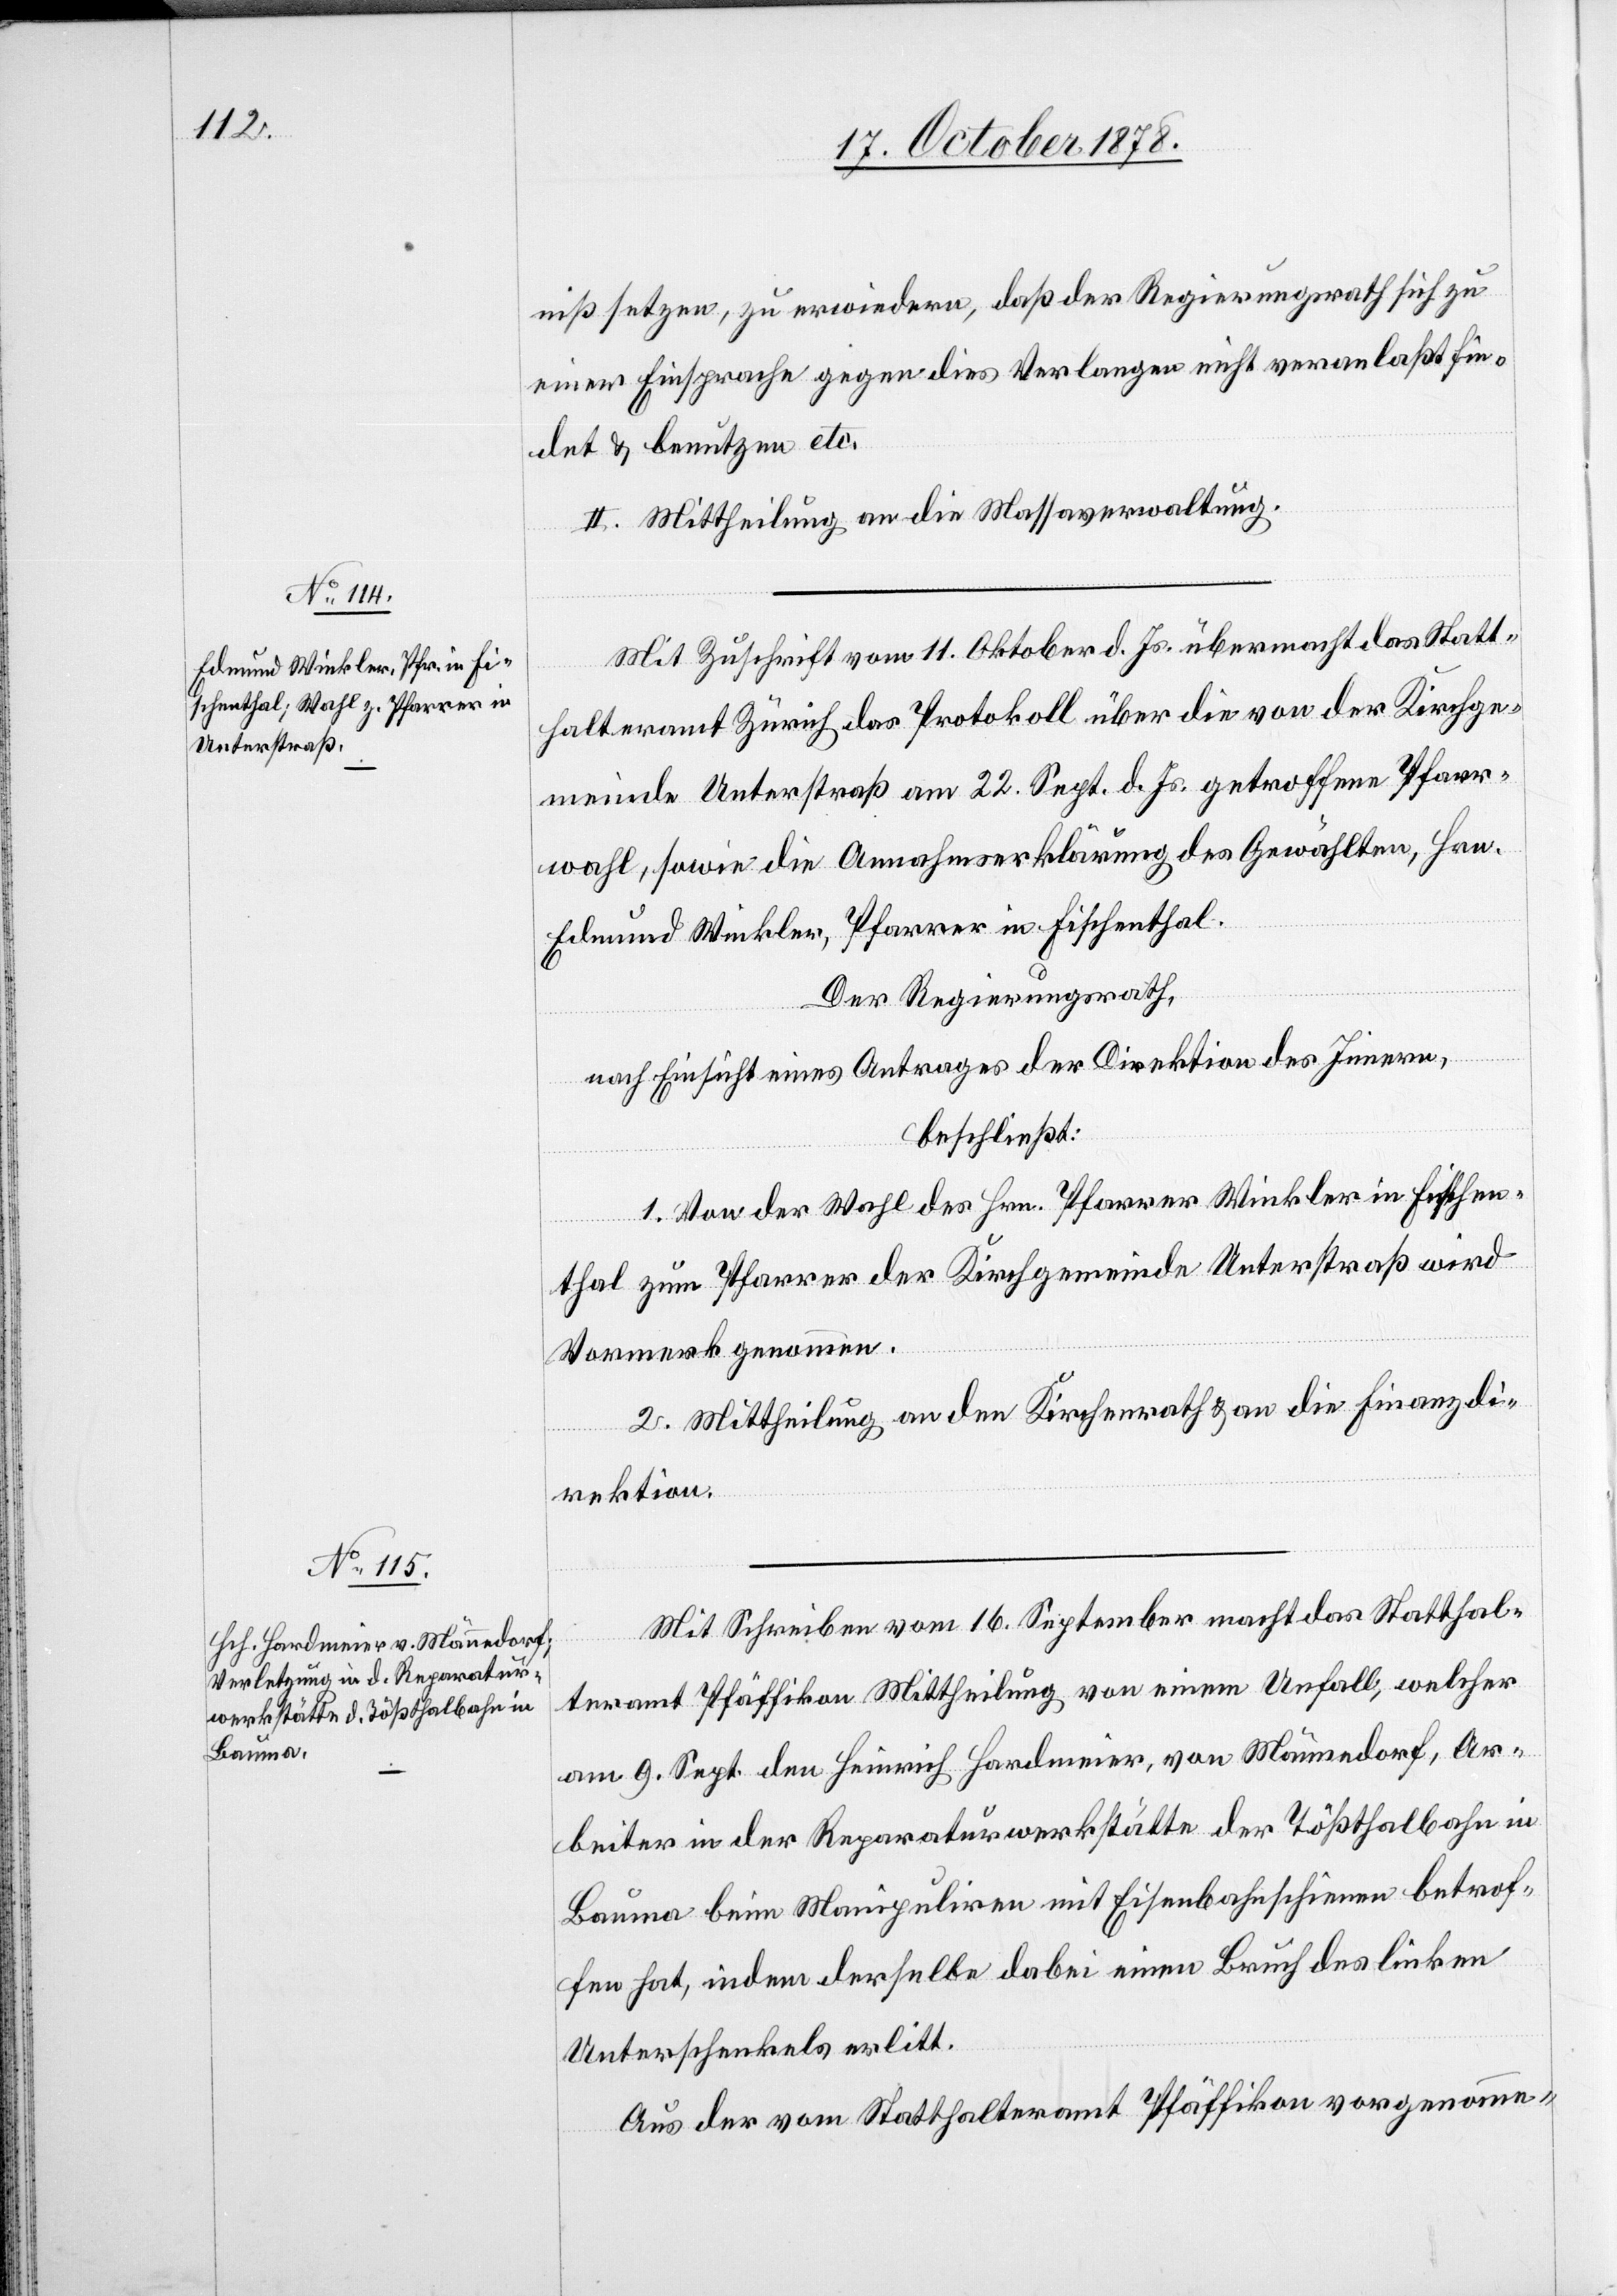
niß setzen, zu erwiedern, daß der Regierungsrath sich zu
einer Einsprache gegen dies Verlangen nicht veranlaßt fin¬
det & benutzen etc.
II. Mittheilung an die Massaverwaltung.
Mit Zuschrift vom 11. Oktober d. Js. übermacht das Statt¬
halteramt Zürich das Protokoll über die von der Kirchge¬
meinde Unterstraß am 22. Sept. d. Js. getroffene Pfarr¬
wahl, sowie die Annahmserklärung des Gewählten, Hrn.
Eduard Winkler, Pfarrer in Fischenthal.
Der Regierungsrath,
nach Einsicht eines Antrages der Direktion des Innern,
beschließt:
1. Von der Wahl des Hrn. Pfarrer Winkler in Fischen¬
thal zum Pfarrer der Kirchgemeinde Unterstraß wird
Vormerk genommen.
2. Mittheilung an den Kirchenrath & an die Finanzdi¬
rektion.
Mit Schreiben vom 16. September macht das Statthal¬
teramt Pfäffikon Mittheilung von einem Unfall, welcher
am 9. Sept. den Heinrich Hardmeier, von Männedorf, Ar¬
beiter in der Reparaturwerkstätte der Tößthalbahn in
Bauma beim Manipuliren mit Eisenbahnschienen betrof¬
fen hat, indem derselbe dabei einen Bruch des linken
Unterschenkels erlitt.
Aus der vom Statthalteramt Pfäffikon vorgenomme-